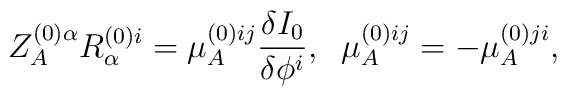
Z^{(0) \alpha}_A R^{(0)i}_\alpha = \mu^{(0)ij}_A\frac{\delta I_0}{\delta \phi^i}, \; \; \mu^{(0)ij}_A =- \mu^{(0)ji}_A,